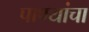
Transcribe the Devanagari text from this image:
पाण्यांचा